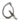
Text: Q